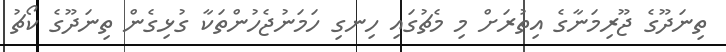
ތިނަދޫގެ ޖޫރިމަނާގެ އިތުރަށް މި މެޗުގައި ހިނގި ހަމަނުޖެހުންތަކާ ގުޅިގެން ތިނަދޫގެ ކޯޗު